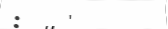
:   '